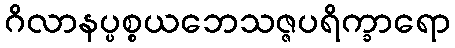
ဂိလာနပ္ပစ္စယဘေသဇ္ဇပရိက္ခာရော